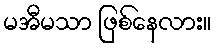
မအီမသာ ဖြစ်နေလား။